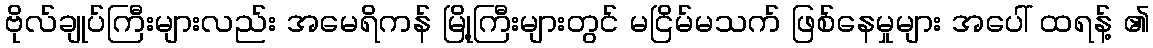
ဗိုလ်ချုပ်ကြီးများလည်း အမေရိကန် မြို့ကြီးများတွင် မငြိမ်မသက် ဖြစ်နေမှုများ အပေါ် ထရန့် ၏